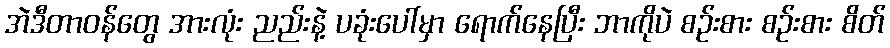
အဲဒီတာဝန်တွေ အားလုံး ညည်းနဲ့ ပခုံးပေါ်မှာ ရောက်နေပြီး ဘာကိုပဲ စဉ်းစား စဉ်းစား စိတ်